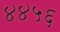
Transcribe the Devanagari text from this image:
४४५६